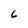
Character: 6